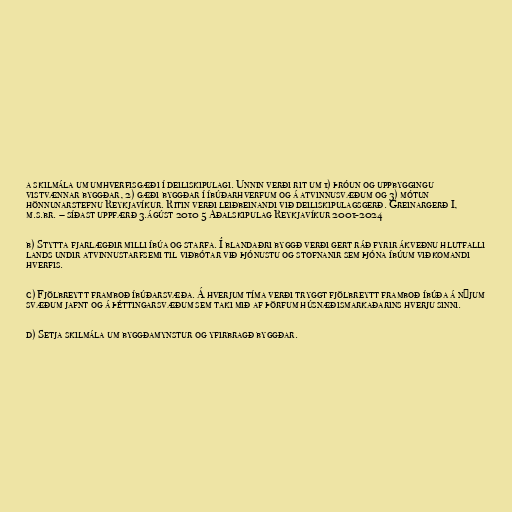
a skilmála um umhverfisgæði í deiliskipulagi. Unnin verði rit um 1) þróun og uppbyggingu
vistvænnar byggðar, 2) gæði byggðar í íbúðarhverfum og á atvinnusvæðum og 3) mótun
hönnunarstefnu Reykjavíkur. Ritin verði leiðbeinandi við deiliskipulagsgerð. Greinargerð I,
m.s.br. – síðast uppfærð 3.ágúst 2010 5 Aðalskipulag Reykjavíkur 2001-2024

b) Stytta fjarlægðir milli íbúa og starfa. Í blandaðri byggð verði gert ráð fyrir ákveðnu hlutfalli
lands undir atvinnustarfsemi til viðbótar við þjónustu og stofnanir sem þjóna íbúum viðkomandi
hverfis.

c) Fjölbreytt framboð íbúðarsvæða. Á hverjum tíma verði tryggt fjölbreytt framboð íbúða á nýjum
svæðum jafnt og á þéttingarsvæðum sem taki mið af þörfum húsnæðismarkaðarins hverju sinni.

d) Setja skilmála um byggðamynstur og yfirbragð byggðar.